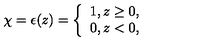
\chi = \epsilon ( z ) = \left\{ \begin{array} { l } { 1 , z \geq 0 , } \\ { 0 , z < 0 , } \\ \end{array} \right.